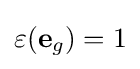
\varepsilon (\mathbf {e} _{g})=1